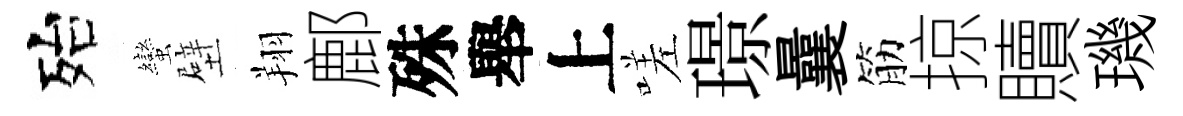
殆蠻壁翔鄜殊舉上嗟璟曩筋掠贖璣